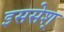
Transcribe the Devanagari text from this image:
इससेश्